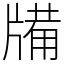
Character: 㸢